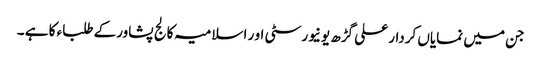
جن میں نمایاں کردار علی گڑھ یونیورسٹی او ر اسلامیہ کالج پشاورکے طلباء کا ہے ۔